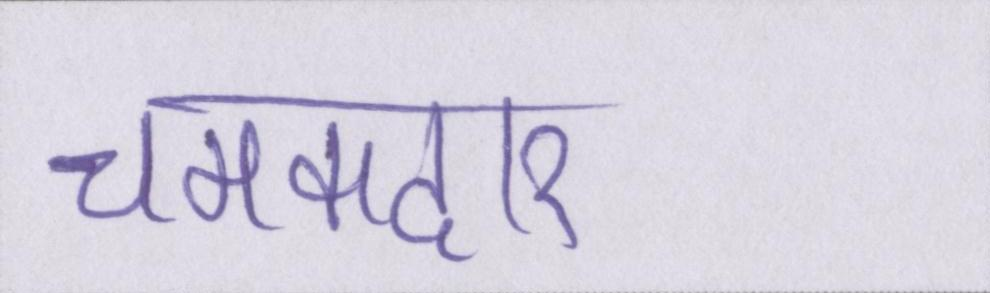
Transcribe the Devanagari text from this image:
चमकदार